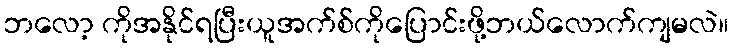
ဘလော့ ကိုအနိုင်ရပြီးယူအက်စ်ကိုပြောင်းဖို့ဘယ်လောက်ကျမလဲ။